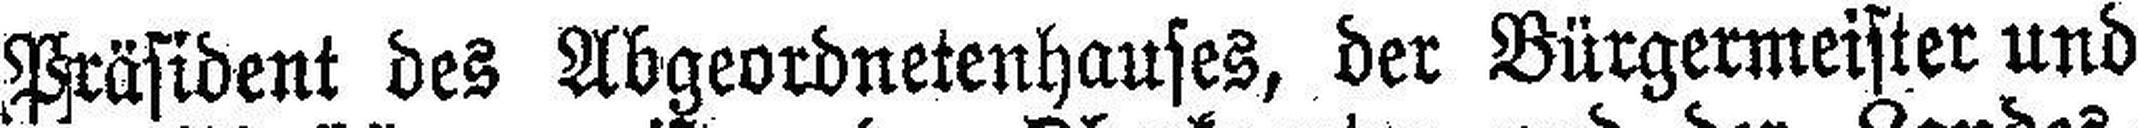
Präsident des Abgeordnetenhauses, der Bürgermeister und